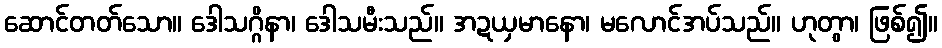
ဆောင်တတ်သော။ ဒေါသဂ္ဂိနာ၊ ဒေါသမီးသည်။ အဍယှမာနော၊ မလောင်အပ်သည်။ ဟုတွာ၊ ဖြစ်၍။